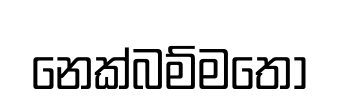
නෙක්බම්මතො